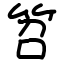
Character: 笤